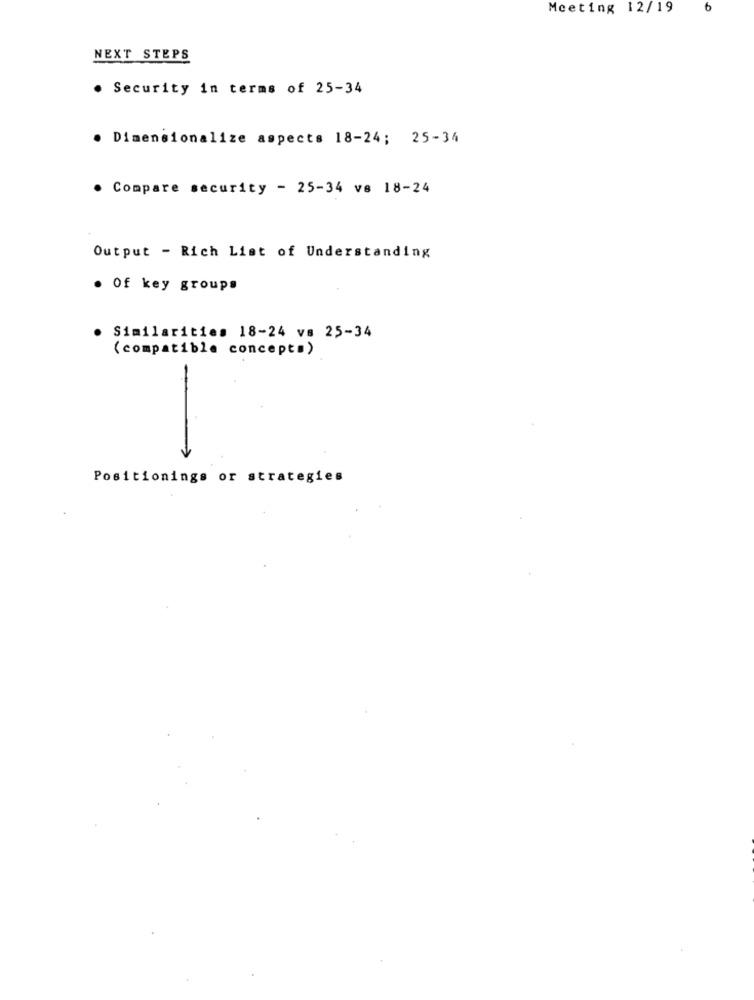
Meeting 12/19
6
NEXT STEPS
. Security in terms of 25-34
. Dimensionalize aspects 18-24; 25-34
. Compare security - 25-34 ve 18-24
Output - Rich List of Understanding
. Of key groups
Similarities 18-24 vs 25-34
( compatible concepts)
-
Positionings or strategies